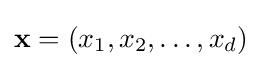
\mathbf {x} =(x_{1},x_{2},\ldots ,x_{d})